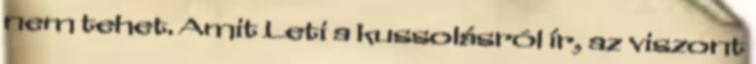
nem tehet. Amit Leti a kussolásról ír, az viszont